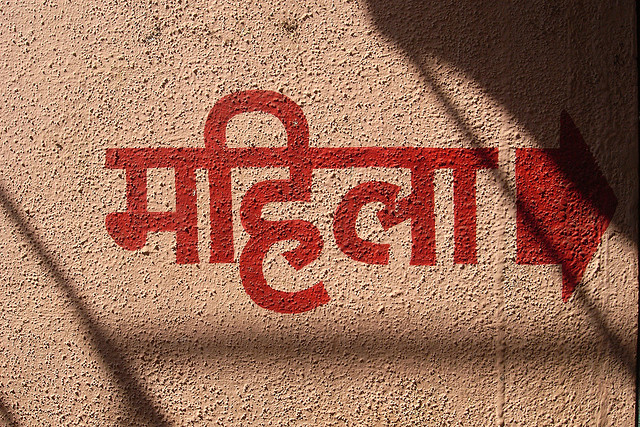
Language: hindi
Transcription: महिला